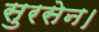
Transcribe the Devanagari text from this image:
सुरसेन।